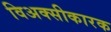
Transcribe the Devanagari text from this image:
विअक्सीकारक